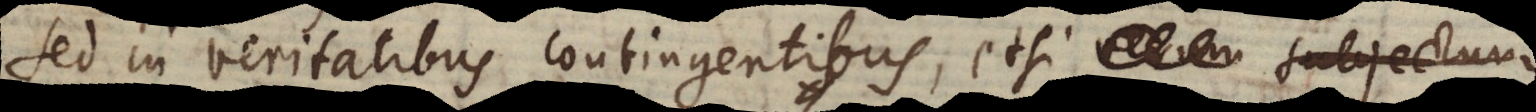
Sed in veritatibus contingentibus, etsi verum